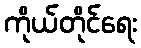
ကိုယ်တိုင်ရေး